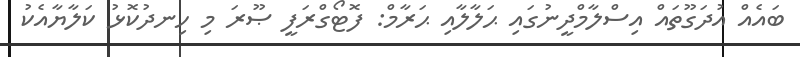
ބައެއް އުދަގޫތައް އިސްލާމްދީނުގައި ޙަލާލާއި ޙަރާމް: ފޮޓޯގްރަފީ ޞޫރަ މި ހިނދުކޮޅު ކަލާޔާއެކު